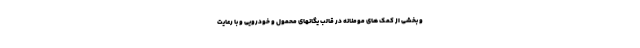
و بخشی از کمک های مومنانه در قالب یگانهای محمول و خودرویی و با رعایت